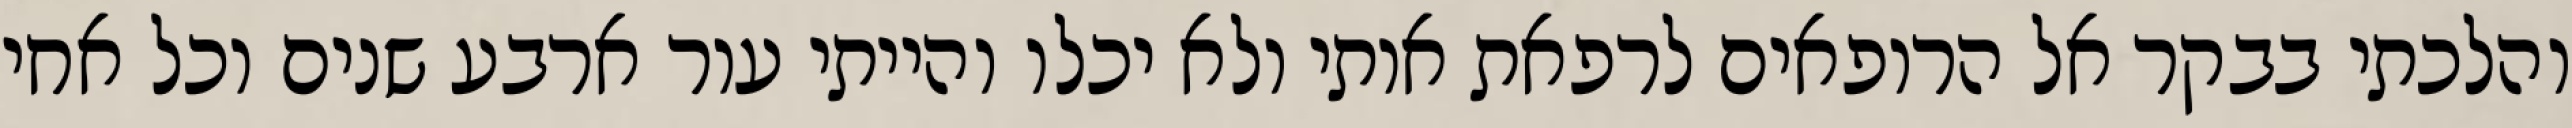
והלכתי בבקר אל הרופאים לרפאת אותי ולא יכלו והייתי עור ארבע שנים וכל אחי